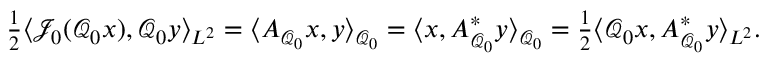
\begin{array} { r } { \frac { 1 } { 2 } \langle \mathcal { J } _ { 0 } ( \mathcal { Q } _ { 0 } x ) , \mathcal { Q } _ { 0 } y \rangle _ { L ^ { 2 } } = \langle A _ { \mathcal { Q } _ { 0 } } x , y \rangle _ { \mathcal { Q } _ { 0 } } = \langle x , A _ { \mathcal { Q } _ { 0 } } ^ { \ast } y \rangle _ { \mathcal { Q } _ { 0 } } = \frac { 1 } { 2 } \langle \mathcal { Q } _ { 0 } x , A _ { \mathcal { Q } _ { 0 } } ^ { \ast } y \rangle _ { L ^ { 2 } } . } \end{array}